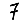
Digit: 7